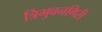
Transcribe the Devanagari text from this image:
त्रिभुवनगिरी